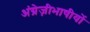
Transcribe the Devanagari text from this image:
अंग्रेज़ीभाषीयों